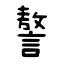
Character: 謷